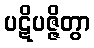
ပဋိပဇ္ဇိတွာ